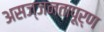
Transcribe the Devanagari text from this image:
असज्जनतापूर्ण